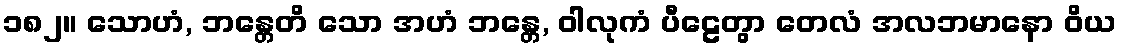
၁၈၂။ သောဟံ, ဘန္တေတိ သော အဟံ ဘန္တေ, ဝါလုကံ ပီဠေတွာ တေလံ အလဘမာနော ဝိယ